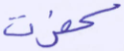
كفرت